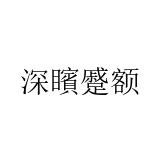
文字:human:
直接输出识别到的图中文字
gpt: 深矉蹙额